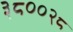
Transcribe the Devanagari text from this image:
३८००२८